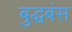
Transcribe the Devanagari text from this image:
बुद्धबंस